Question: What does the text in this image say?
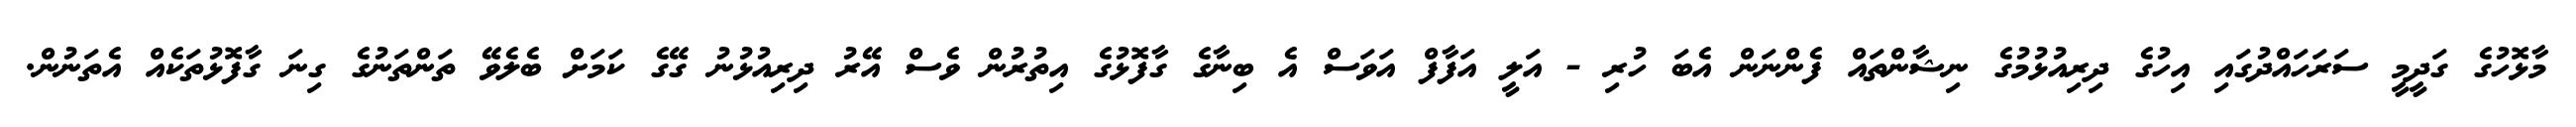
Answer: މާޅޮހުގެ ގަދީމީ ސަރަހައްދުގައި އިހުގެ ދިރިއުޅުމުގެ ނިޝާންތައް ފެންނަން އެބަ ހުރި - އަލީ އަފާފް އަވަސް އެ ބިނާގެ ގާފޮޅުގެ އިތުރުން ވެސް އޭރު ދިރިއުޅުނު ގޭގެ ކަމަށް ބެލެވޭ ތަންތަނުގެ ގިނަ ގާފޮޅުތަކެއް އެތަނުން.